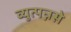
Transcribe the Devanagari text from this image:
व्युत्पन्नसे